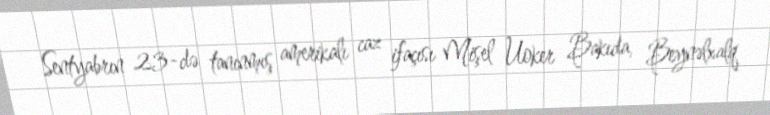
Sentyabrın 23-də tanınmış amerikalı caz ifaçısı Mişel Uoker Bakıda, Beynəlxalq